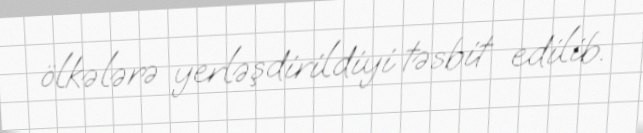
ölkələrə yerləşdirildiyi təsbit edilib.